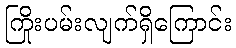
ကြိုးပမ်းလျက်ရှိကြောင်း